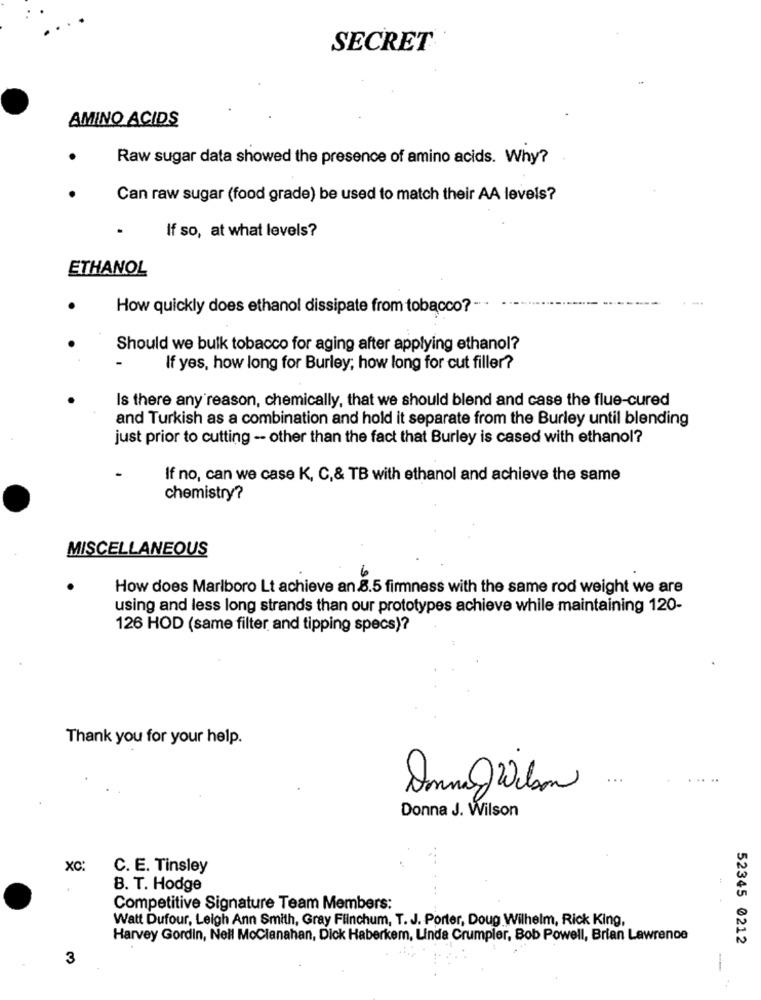
SECRET
AMINO ACIDS
Raw sugar data showed the presence of amino acids. Why?
Can raw sugar (food grade) be used to match their AA levels?
If so, at what levels?
ETHANOL
How quickly does ethanol dissipate from tobacco?
Should we bulk tobacco for aging after applying ethanol?
If yes, how long for Burley; how long for cut filler?
Is there any reason, chemically, that we should blend and case the flue-cured
and Turkish as a combination and hold it separate from the Burley until blending
just prior to cutting -- other than the fact that Burley is cased with ethanol?
If no, can we case K, C,& TB with ethanol and achieve the same
chemistry?
MISCELLANEOUS
6
How does Marlboro Lt achieve an.8.5 firmness with the same rod weight we are
using and less long strands than our prototypes achieve while maintaining 120-
126 HOD (same filter and tipping specs)?
Thank you for your help.
AnneWilson
Donna J. Wilson
xc
C. E. Tinsley
B. T. Hodge
Competitive Signature Team Members:
Watt Dufour, Leigh Ann Smith, Gray Flinchum, T. J. Porter, Doug Wilhelm, Rick King,
Harvey Gordin, Nell MoClanahan, Dick Haberkem, Linda Crumpler, Bob Powell, Brian Lawrence
52345 0212
3